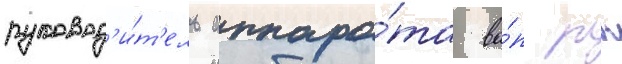
руковод'и́т'ель аппара́та ва́п рк